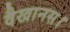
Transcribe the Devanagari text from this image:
वैखानस।